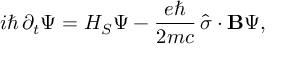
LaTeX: i \hbar \, \partial _ { t } \Psi = H _ { S } \Psi - { \frac { e \hbar } { 2 m c } } \, { \hat { \sigma } } \cdot \mathbf { B } \Psi ,